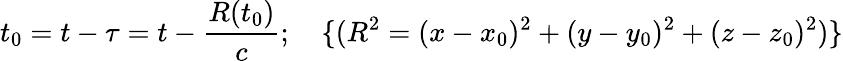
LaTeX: t_{0}=t-\tau=t-\frac{R(t_{0})}{c};\quad\{ (R^{2}=(x-x_{0})^{2}+(y-y_{0})^{2}+(z-z_{0})^{2})\}